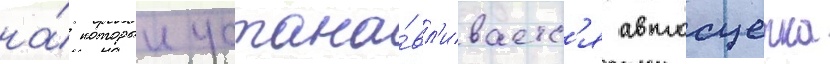
на́ которыи устана́вл'иваетс'я автосцепка